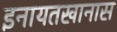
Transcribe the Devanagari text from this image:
इनायतखानास